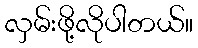
လှမ်းဖို့လိုပါတယ်။